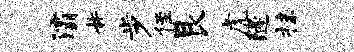
灞#步侄艮虎隧抹